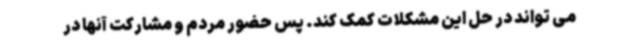
می تواند در حل این مشکلات کمک کند. پس حضور مردم و مشارکت آنها در